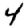
Digit: 4